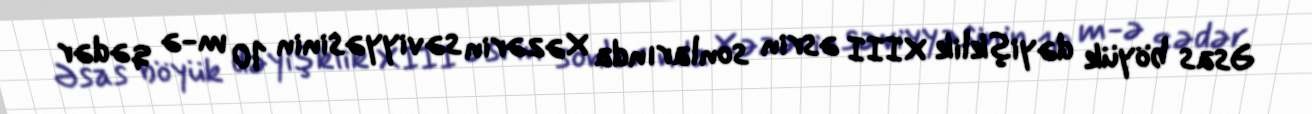
Əsas böyük dəyişklik XIII əsrin sonlarında Xəzərin səviyyəsinin 10 m-ə qədər